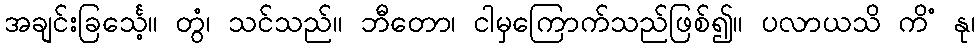
အချင်းခြင်္သေ့။ တွံ၊ သင်သည်။ ဘီတော၊ ငါမှကြောက်သည်ဖြစ်၍။ ပလာယသိ ကိံ နု၊